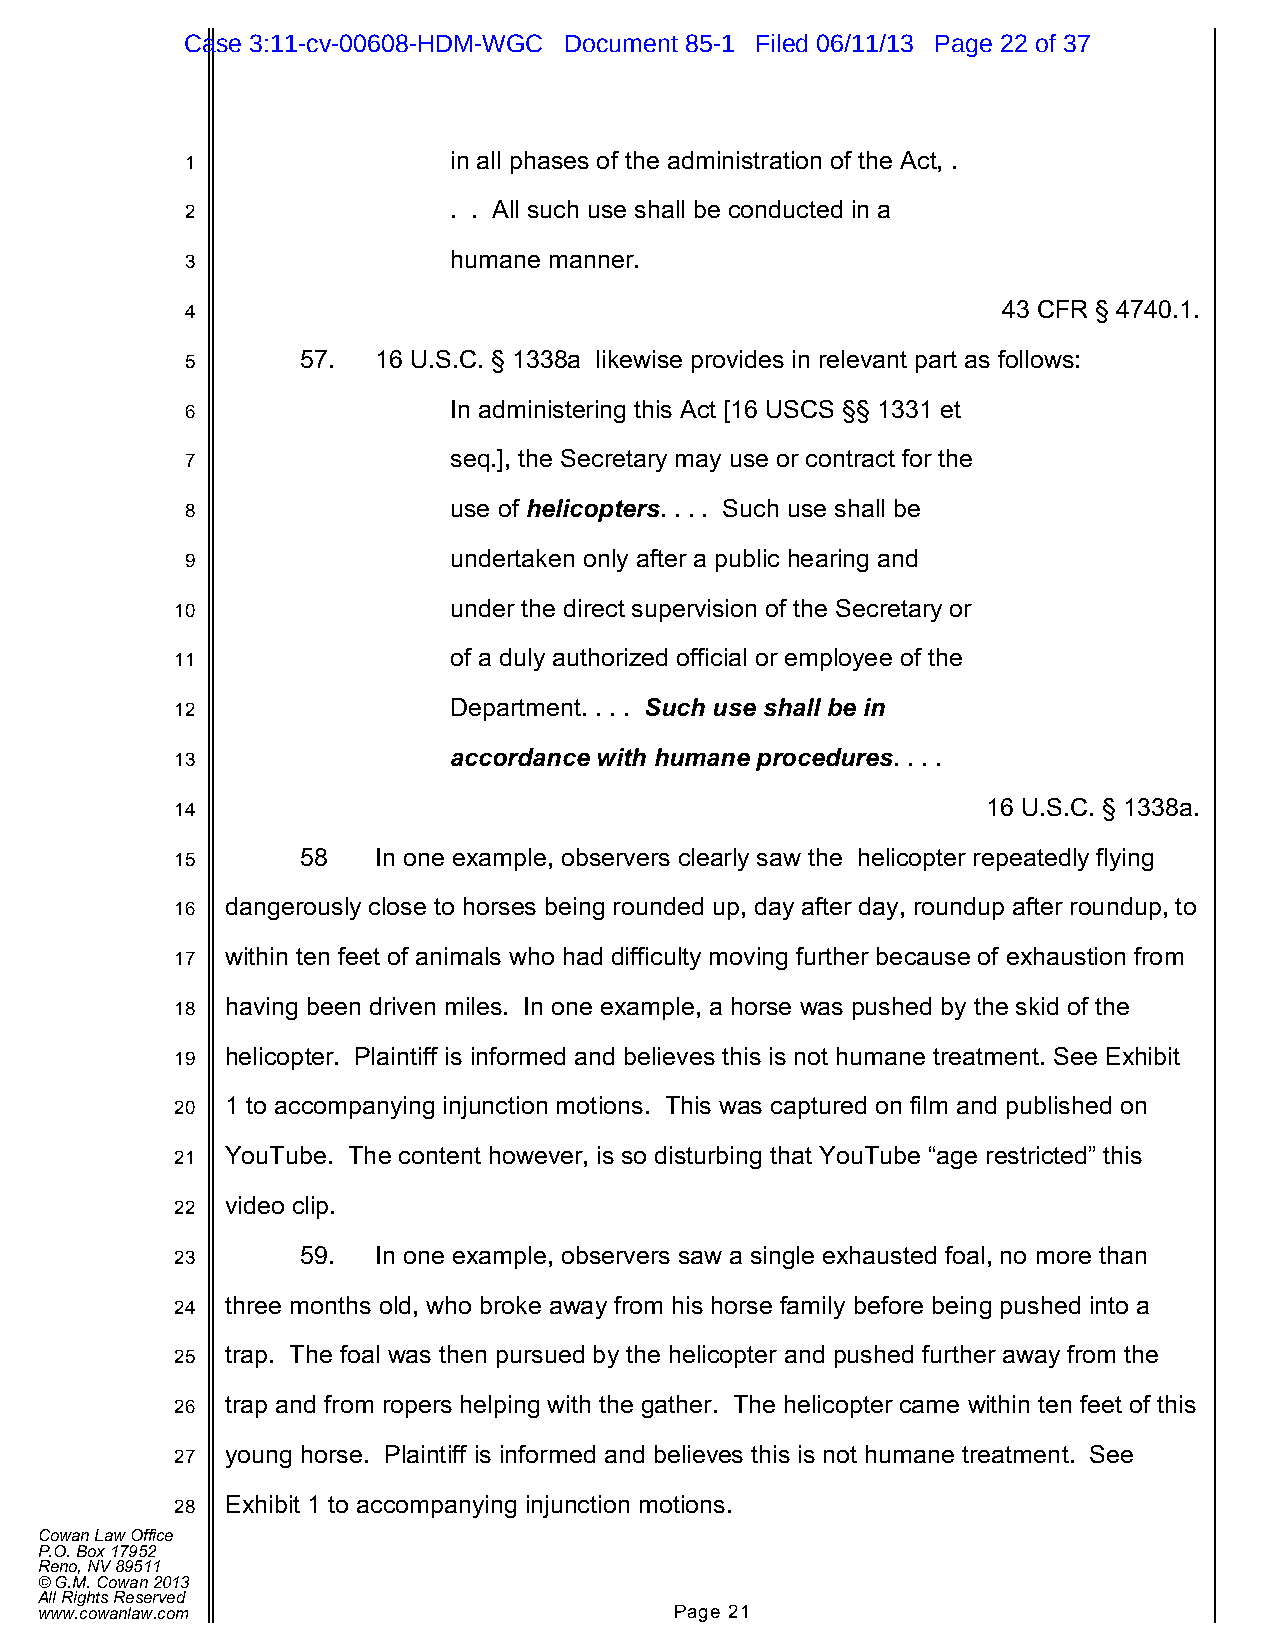
Case 3:11-cv-00608-HDM-WGC Document 85-1 Filed 06/11/13 Page 22 of 37
 1                 in all phases of the administration of the Act, .
 2                 . . All such use shall be conducted in a
 3                 humane manner.
 4                                                     43 CFR § 4740.1.
 5       57.  16 U.S.C. § 1338a likewise provides in relevant part as follows:
 6                 In administering this Act [16 USCS §§ 1331 et
 7                 seq.], the Secretary may use or contract for the
 8                 use of helicopters. . . . Such use shall be
 9                 undertaken only after a public hearing and
 10                under the direct supervision of the Secretary or
 11                of a duly authorized official or employee of the
 12                Department. . . . Such use shall be in
 13                accordance with humane procedures. . . .
 14                                                   16 U.S.C. § 1338a.
 15      58   In one example, observers clearly saw the helicopter repeatedly flying
 16 dangerously close to horses being rounded up, day after day, roundup after roundup, to
 17 within ten feet of animals who had difficulty moving further because of exhaustion from
 18 having been driven miles. In one example, a horse was pushed by the skid of the
 19 helicopter. Plaintiff is informed and believes this is not humane treatment. See Exhibit
 20 1 to accompanying injunction motions. This was captured on film and published on
 21 YouTube. The content however, is so disturbing that YouTube “age restricted” this
 22 video clip.
 23      59.  In one example, observers saw a single exhausted foal, no more than
 24 three months old, who broke away from his horse family before being pushed into a
 25 trap. The foal was then pursued by the helicopter and pushed further away from the
 26 trap and from ropers helping with the gather. The helicopter came within ten feet of this
 27 young horse. Plaintiff is informed and believes this is not humane treatment. See
 28 Exhibit 1 to accompanying injunction motions.
 Cowan Law Office
 P.O. Box 17952
 Reno, NV 89511
 © G.M. Cowan 2013
 All Rights Reserved
 www.cowanlaw.com                           Page 21